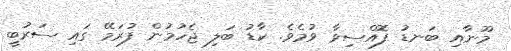
މޫނާއި ބަނޑު ފޮއްސިވާ ވުމެވެ. ކާޑު ބަލި ޖެހުމުން ފުރަމޭ ގައި ސަރުބީ